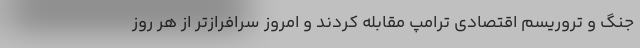
جنگ و تروریسم اقتصادی ترامپ مقابله کردند و امروز سرافرازتر از هر روز